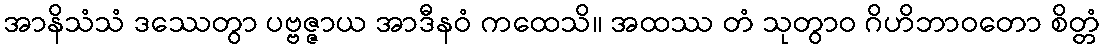
အာနိသံသံ ဒဿေတွာ ပဗ္ဗဇ္ဇာယ အာဒီနဝံ ကထေသိ။ အထဿ တံ သုတွာဝ ဂိဟိဘာဝတော စိတ္တံ